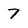
Character: 7